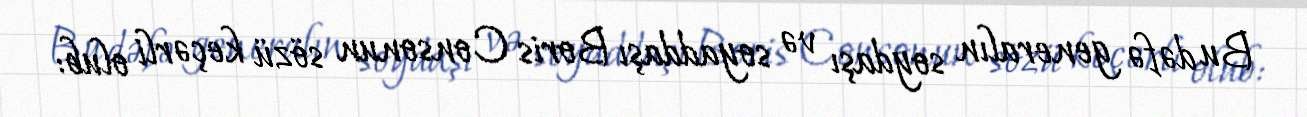
Bu dəfə generalın soydaşı və soyaddaşı Boris Consonun sözü keçərli olub: